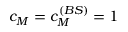
c _ { M } = c _ { M } ^ { ( B S ) } = 1